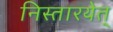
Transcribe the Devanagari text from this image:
निस्तारयेत्